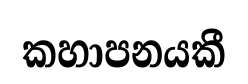
කහාපනයකී